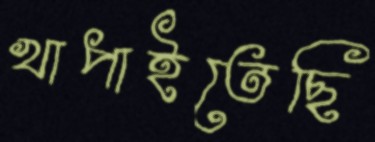
খাপাইতেছি